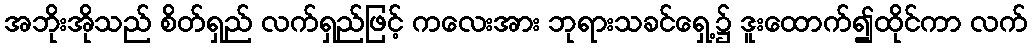
အဘိုးအိုသည် စိတ်ရှည် လက်ရှည်ဖြင့် ကလေးအား ဘုရားသခင်ရှေ့၌ ဒူးထောက်၍ထိုင်ကာ လက်